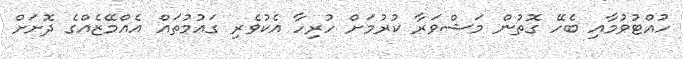
ހުއްޓުވުމާއި ބެހޭ ގޮތުން މަޝްވަރާ ކުރުމަށް ހުރިހާ އެކުވެރި ގައުމުތައް އެއްމޭޒެއްގެ ދޮށަށް